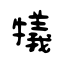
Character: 犠